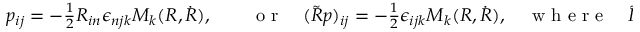
\begin{array} { r } { p _ { i j } = - \frac 1 2 R _ { i n } \epsilon _ { n j k } M _ { k } ( R , \dot { R } ) , \qquad \mathrm { ~ o ~ r ~ } \quad ( \tilde { R } p ) _ { i j } = - \frac 1 2 \epsilon _ { i j k } M _ { k } ( R , \dot { R } ) , \quad \mathrm { ~ w ~ h ~ e ~ r ~ e ~ } \quad \tilde { R } \equiv R ^ { - 1 } . } \end{array}